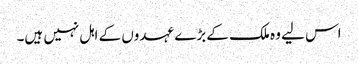
اس لیے وہ ملک کے بڑے عہدوں کے اہل نہیں ہیں۔